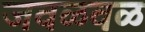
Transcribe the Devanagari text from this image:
जवळवळ